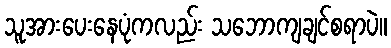
သူအားပေးနေပုံကလည်း သဘောကျချင်စရာပဲ။